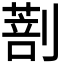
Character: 𠟌